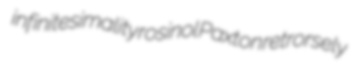
infinitesimality rosinol Paxton retrorsely